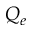
Q _ { e }